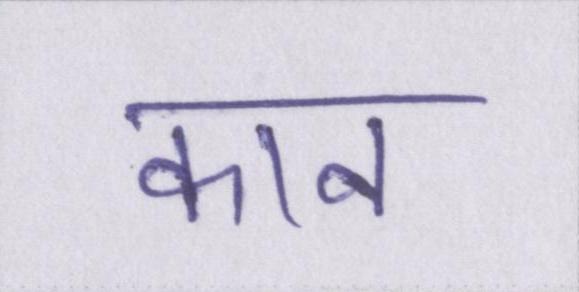
कान